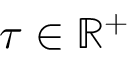
\tau \in \mathbb { R } ^ { + }